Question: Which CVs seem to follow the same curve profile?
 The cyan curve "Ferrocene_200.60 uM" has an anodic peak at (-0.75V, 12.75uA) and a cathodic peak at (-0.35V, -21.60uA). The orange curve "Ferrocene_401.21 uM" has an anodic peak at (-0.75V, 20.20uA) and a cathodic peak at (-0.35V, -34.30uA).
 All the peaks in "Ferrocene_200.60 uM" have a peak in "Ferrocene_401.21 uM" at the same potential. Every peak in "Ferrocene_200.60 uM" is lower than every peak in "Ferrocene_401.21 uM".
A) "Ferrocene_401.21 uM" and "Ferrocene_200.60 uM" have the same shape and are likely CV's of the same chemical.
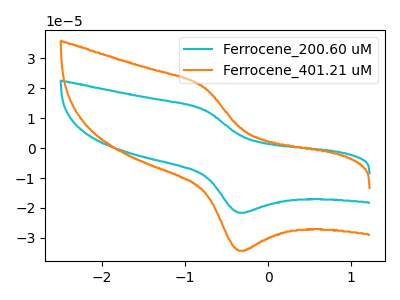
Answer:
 <answer>A) "Ferrocene_401.21 uM" and "Ferrocene_200.60 uM" have the same shape and are likely CV's of the same chemical.</answer>
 <eval>A</eval>